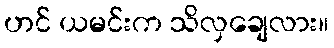
ဟင် ယမင်းက သိလှချေလား။